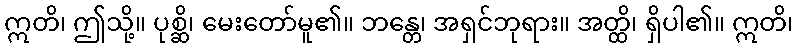
ဣတိ၊ ဤသို့။ ပုစ္ဆိ၊ မေးတော်မူ၏။ ဘန္တေ၊ အရှင်ဘုရား။ အတ္ထိ၊ ရှိပါ၏။ ဣတိ၊